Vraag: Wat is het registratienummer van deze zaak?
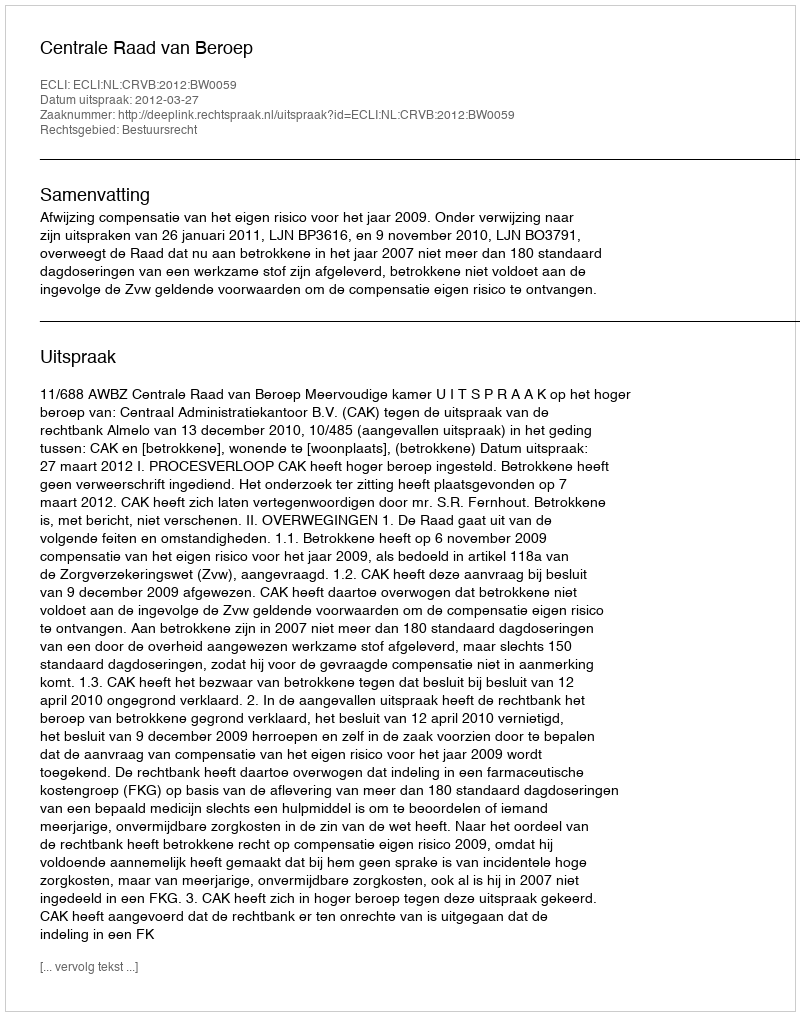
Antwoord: http://deeplink.rechtspraak.nl/uitspraak?id=ECLI:NL:CRVB:2012:BW0059